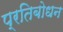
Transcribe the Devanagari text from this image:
प्रतिबोधन